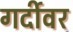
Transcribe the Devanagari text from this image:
गर्दीवर